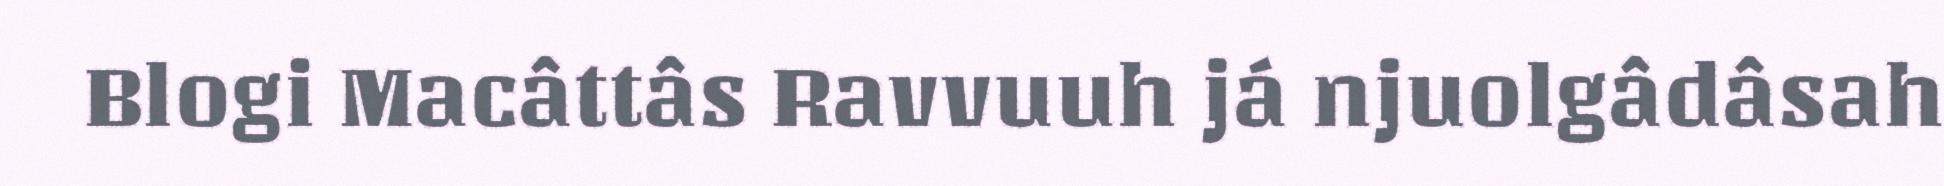
Blogi Macâttâs Ravvuuh já njuolgâdâsah